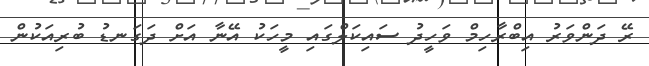
ރޭ ދަންވަރު އިބްރާހިމް ވަހީދު ސައިކަލްގައި މީހަކު އޭނާ އަށް ދަގަނޑު ބުރިއަކުން